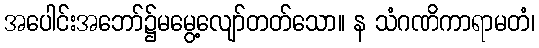
အပေါင်းအဘော်၌မမွေ့လျော်တတ်သော။ န သံဂဏိကာရာမတံ၊